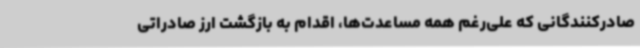
صادرکنندگانی که علی‌رغم همه مساعدت‌ها، اقدام به بازگشت ارز صادراتی